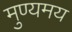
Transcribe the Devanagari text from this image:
मुण्यमय